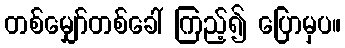
တစ်မျှော်တစ်ခေါ် ကြည့်၍ ပြောမှပ။